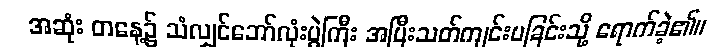
အဆုံး တနေ့၌ သံလျှင်ဘော်လုံးပွဲကြီး အပြီးသတ်ကျင်းပခြင်းသို့ ရောက်ခဲ့၏။